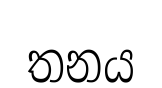
තනය